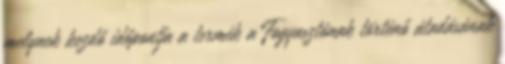
melynek kezdő időpontja a termék a Fogyasztónak történő átadásának